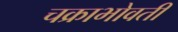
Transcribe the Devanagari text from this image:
चक्राभोवती